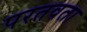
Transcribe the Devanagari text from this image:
परतवता